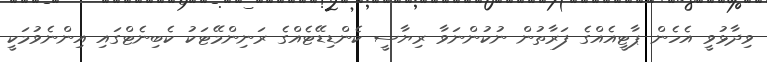
ވިދާޅުވީ އެހެން ޕާޓީއެއްގެ ފަރާތުން ނުކުންނަވާ ރިޔާސީ ކެންޑިޑޭޓެއްގެ ރަނިންމޭޓަކު ކެބިނެޓްގައި އިންނެވުމަކީ